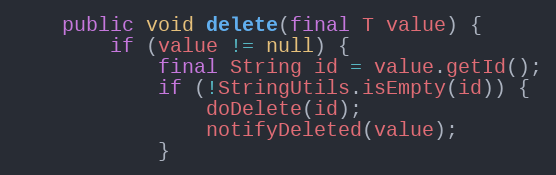
Language: Java
    public void delete(final T value) {
        if (value != null) {
            final String id = value.getId();
            if (!StringUtils.isEmpty(id)) {
                doDelete(id);
                notifyDeleted(value);
            }